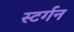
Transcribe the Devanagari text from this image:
स्टर्गन